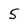
Character: 5